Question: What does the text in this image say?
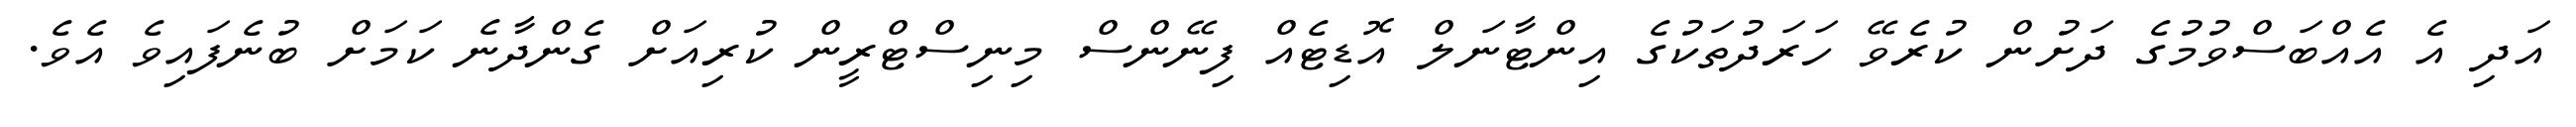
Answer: އަދި އެ އެއްބަސްވުމުގެ ދަށުން ކުރެވޭ ހަރަދުތަކުގެ އިންޓާނަލް އޮޑިޓެއް ފިނޭންސް މިނިސްޓްރީން ކުރިއަށް ގެންދާނެ ކަމަށް ބުނެފައިވެ އެވެ.